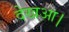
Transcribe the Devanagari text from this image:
देखआ।